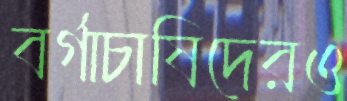
বর্গাচাষিদেরও